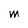
Character: M